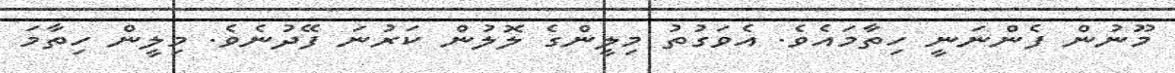
މޫނުން ފެންނަނީ ހިތާމައެވެ. އެވަގުތު މިލީންގެ ލޮލުން ކަރުނަ ފޭދުނެވެ. މިލީން ހިތާމަ